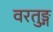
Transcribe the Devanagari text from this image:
वरतुङ्ग